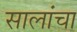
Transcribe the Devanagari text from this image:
सालांचा